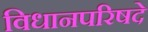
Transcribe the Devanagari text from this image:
विधानपरिषदे